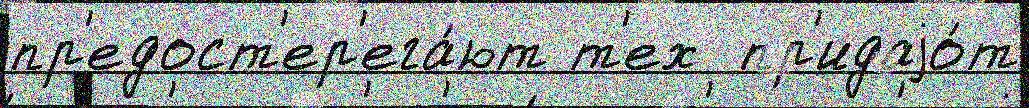
пр'едост'ер'ега́ют т'ех  пр'идаjо́т